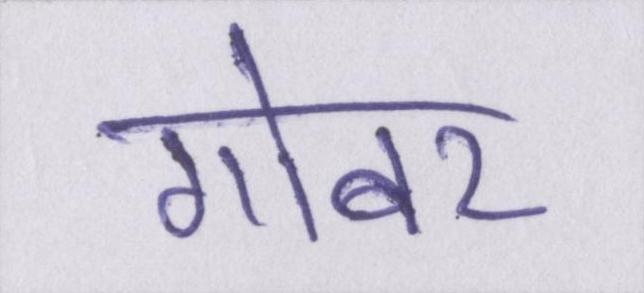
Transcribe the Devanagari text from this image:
गोबर